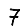
Digit: 7